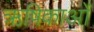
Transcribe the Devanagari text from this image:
ऋषिकाओं